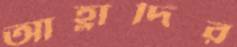
আহ্লাদির